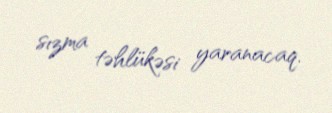
sızma təhlükəsi yaranacaq.